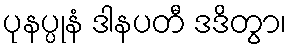
ပုနပ္ပုနံ ဒါနပတီ ဒဒိတွာ၊